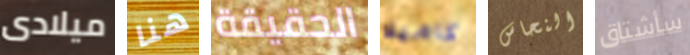
ميلادى هنا الحقيقة كاميلا النحاس سأشتاق